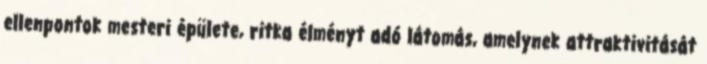
ellenpontok mesteri épülete, ritka élményt adó látomás, amelynek attraktivitását